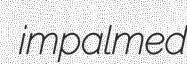
impalmed